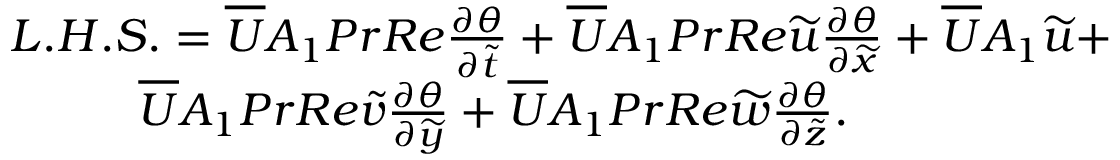
\begin{array} { r } { L . H . S . = \overline { { U } } A _ { 1 } P r R e { \frac { \partial \theta } { \partial \widetilde { t } } } + \overline { { U } } A _ { 1 } P r R e \widetilde { u } { \frac { \partial \theta } { \partial \widetilde { x } } } + \overline { { U } } A _ { 1 } \widetilde { u } + } \\ { \overline { { U } } A _ { 1 } P r R e \widetilde { v } { \frac { \partial \theta } { \partial \widetilde { y } } } + \overline { { U } } A _ { 1 } P r R e \widetilde { w } { \frac { \partial \theta } { \partial \widetilde { z } } } . ~ ~ ~ ~ ~ ~ ~ ~ ~ ~ ~ ~ ~ ~ ~ ~ ~ } \end{array}